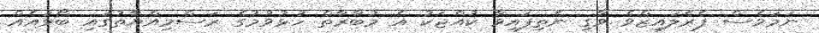
ނަމަވެސް ޕެރެލައިޒްވެ ވާގި ނެތިފައިވާ ކުއްޖަކު އެ މުބާރާތް ހުޅުވުމުގެ ރަސްމިއްޔާތުގައި ބޯޅައެއް